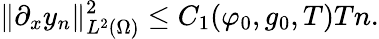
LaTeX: \lVert\partial_{x}y_{n}\rVert_{L^{2}(\Omega)}^{2}\leq C_{1}(\varphi_{0},g_{0},T)Tn.